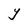
Character: Y